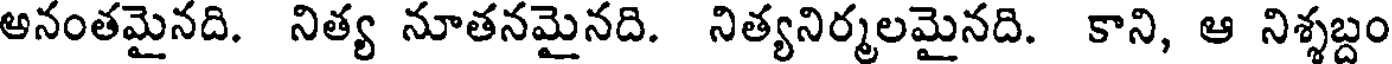
అనంతమైనది. నిత్య నూతనమైనది. నిత్యనిర్మలమైనది. కాని, ఆ నిశ్శబ్దం